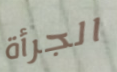
الجرأة